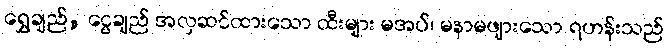
ရွှေချည်, ငွေချည် အလှဆင်ထားသော ထီးများ မအပ်၊ မနာမဖျားသော ရဟန်းသည်